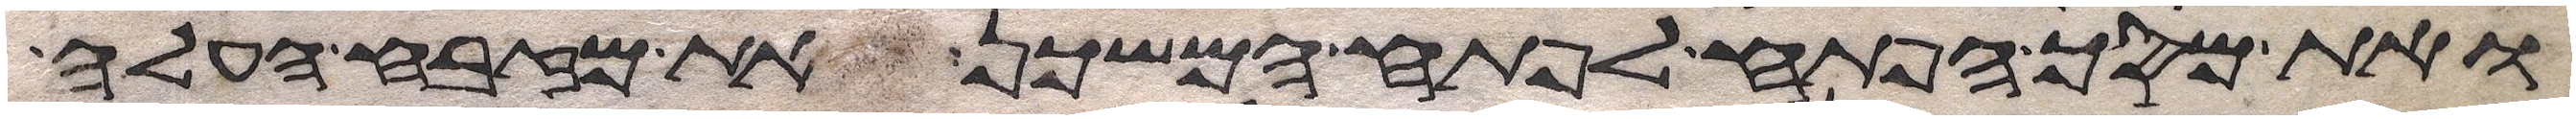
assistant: ואת מסך הפתח לפתח המשכן ואת מזבח העלה